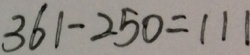
3 6 1 - 2 5 0 = 1 1 1